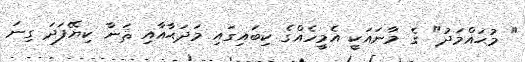
" މުޙައްމަދު" ގެ މާނައަކީ އެމީހެއްގެ ކިބައިގައި މަދަޙާއާއި ޘަނާ ކިޔޭފަދަ ގިނަ